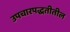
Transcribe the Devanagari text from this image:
उपचारपद्धतीतील